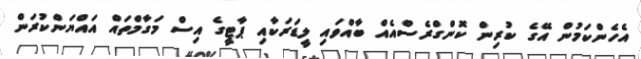
އެހެންކަމުން އޭގެ ކުރިން ކޮންގްރެސްއެއް ބާއްވައި ލީޑަރަކާއި ޕާޓީގެ އިސް މަގާމްތައް އައްޔަންކުރަން